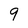
Character: 9